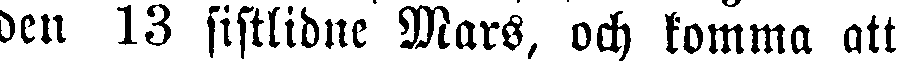
den 13 sistlidne Mars, och komma att